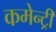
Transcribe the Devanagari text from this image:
कमेन्ट्री